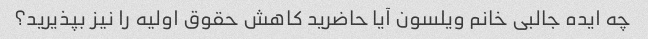
چه ایده جالبی خانم ویلسون آیا حاضرید کاهش حقوق اولیه را نیز بپذیرید؟